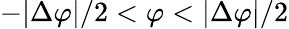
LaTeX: -|\Delta\varphi|/2<\varphi<|\Delta\varphi|/2